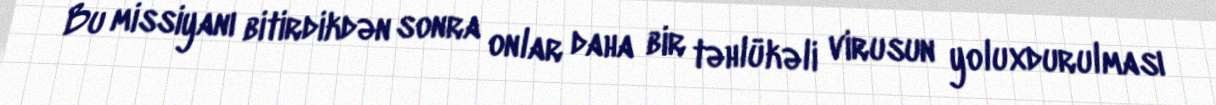
Bu missiyanı bitirdikdən sonra onlar daha bir təhlükəli virusun yoluxdurulması